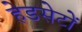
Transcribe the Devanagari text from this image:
हेडसेटों